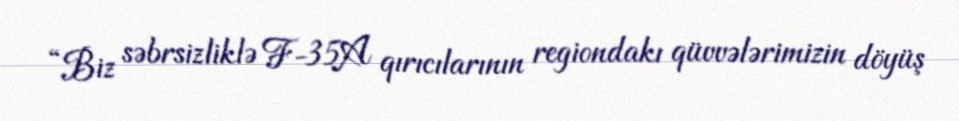
“Biz səbrsizliklə F-35A qırıcılarının regiondakı qüvvələrimizin döyüş